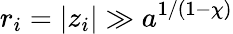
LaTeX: r_{i}=|z_{i}|\gg a^{1/(1-\chi)}